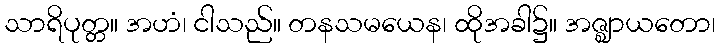
သာရိပုတ္တ။ အဟံ၊ ငါသည်။ တနသမယေန၊ ထိုအခါ၌။ အဇ္ဈာယတော၊